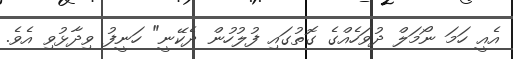
އެއީ ހަމަ ނޯމަލް ދުވަހެއްގެ ގޮތުގައި ފުލުހުން ދެކޭނީ" ހަނީފު ވިދާޅުވި އެވެ.